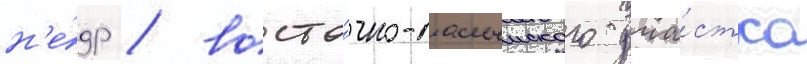
н'е́др / восто́чно-салымского уча́стка